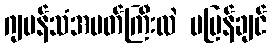
ဂျပန်သံအမတ်ကြီးလဲ မပြန်ချင်